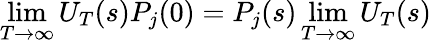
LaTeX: \operatorname*{lim}_{T\to\infty}U_{T}(s)P_{j}(0)=P_{j}(s)\operatorname*{lim}_{T\to\infty}U_{T}(s)